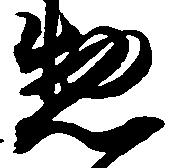
惣